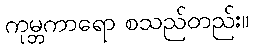
ကုမ္ဘကာရော စသည်တည်း။